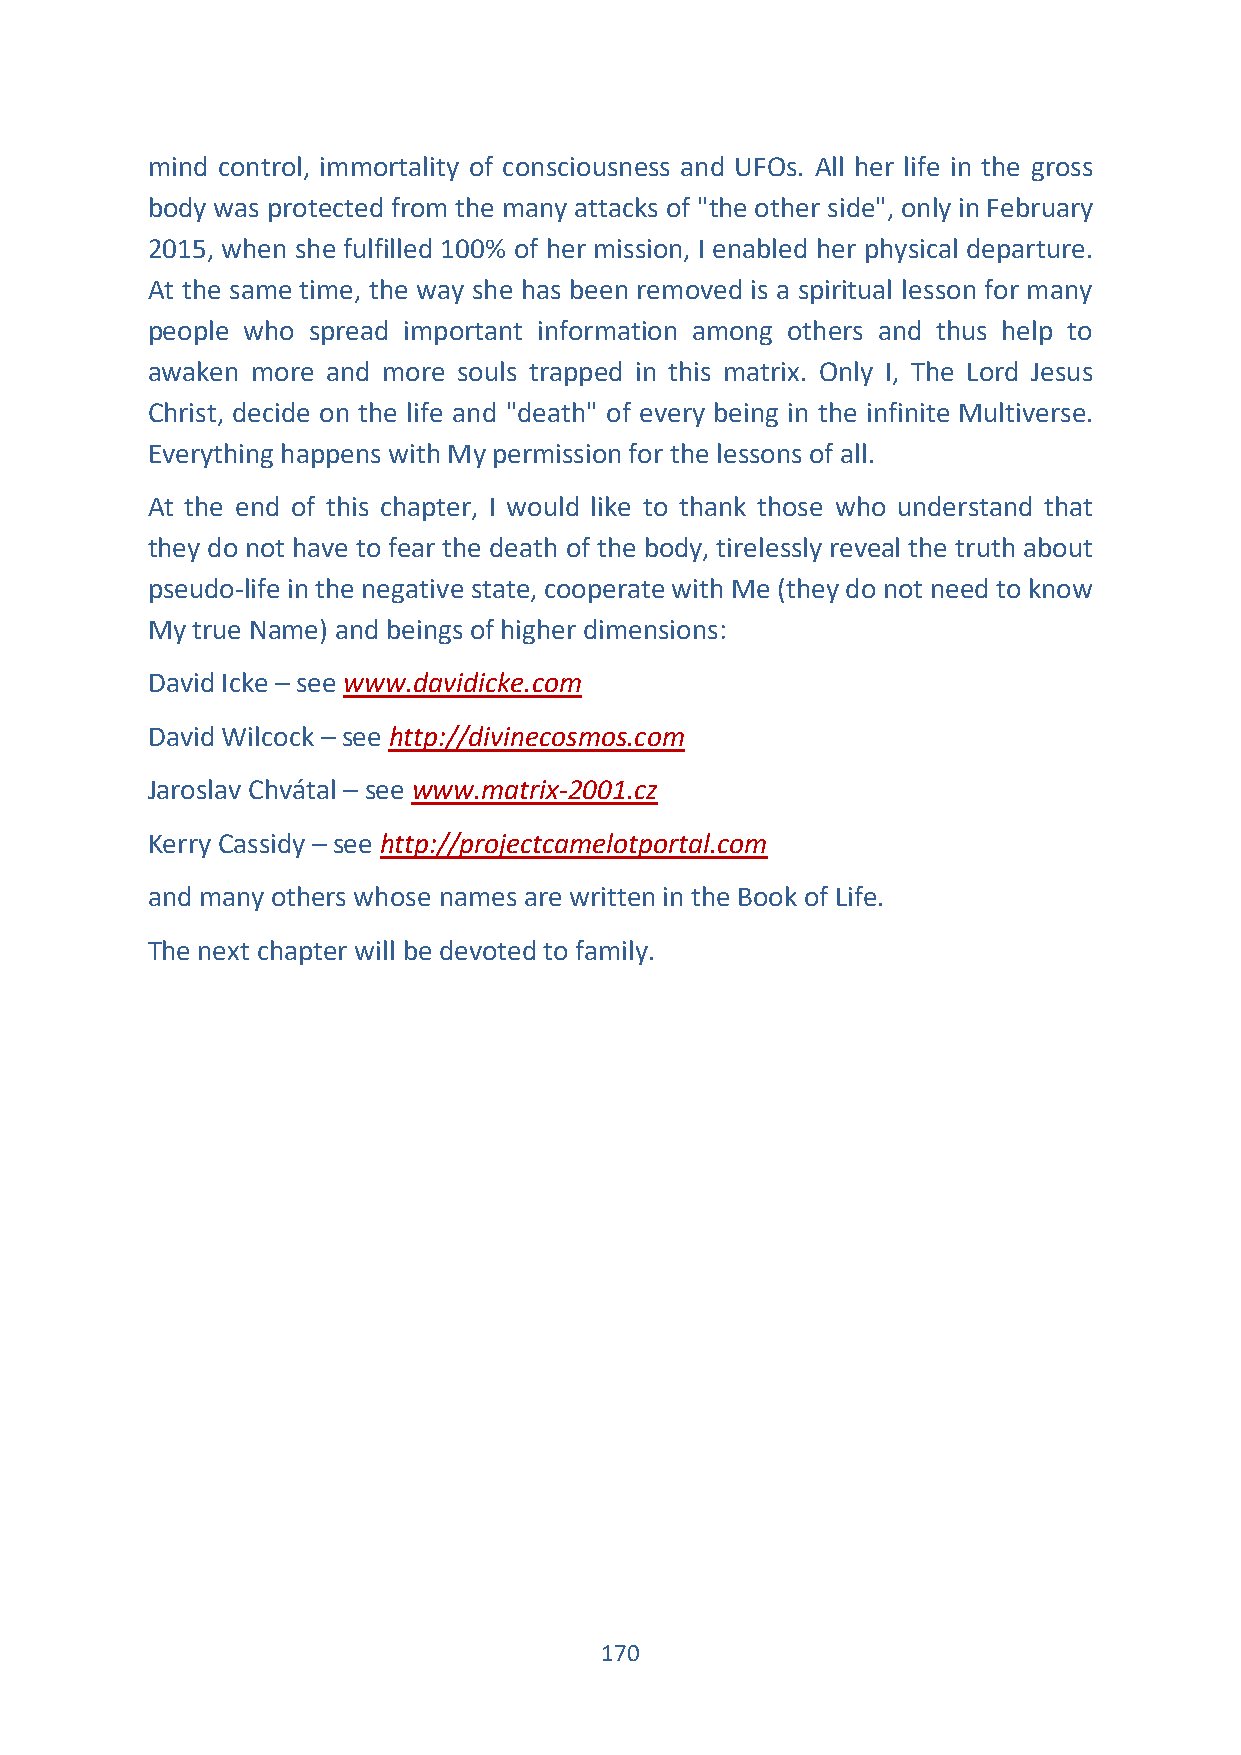
mind control, immortality of consciousness and UFOs. All her life in the gross
 body was protected from the many attacks of "the other side", only in February
 2015, when she fulfilled 100% of her mission, I enabled her physical departure.
 At the same time, the way she has been removed is a spiritual lesson for many
 people who spread important information among others and thus help to
 awaken more and more souls trapped in this matrix. Only I, The Lord Jesus
 Christ, decide on the life and "death" of every being in the infinite Multiverse.
 Everything happens with My permission for the lessons of all.
 At the end of this chapter, I would like to thank those who understand that
 they do not have to fear the death of the body, tirelessly reveal the truth about
 pseudo-life in the negative state, cooperate with Me (they do not need to know
 My true Name) and beings of higher dimensions:
 David Icke – see www.davidicke.com
 David Wilcock – see http://divinecosmos.com
 Jaroslav Chvátal – see www.matrix-2001.cz
 Kerry Cassidy – see http://projectcamelotportal.com
 and many others whose names are written in the Book of Life.
 The next chapter will be devoted to family.
 170